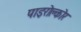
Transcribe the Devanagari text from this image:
पाइरोक्लोर